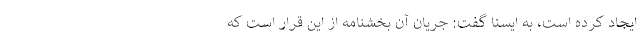
ایجاد کرده است، به ایسنا گفت: جریان آن بخشنامه از این قرار است که